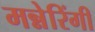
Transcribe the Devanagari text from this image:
मन्नेरिंगी